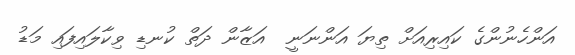
އަންހެނުންގެ ކައިރިއަށް ތިޔަ އަންނަނީ  އަޒާން ދަތް ކުނޑި ވިކާލައިފައި މަޑު